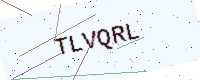
Text: TLVQRL